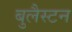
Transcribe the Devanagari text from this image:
बुलैस्टन